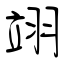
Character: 翊